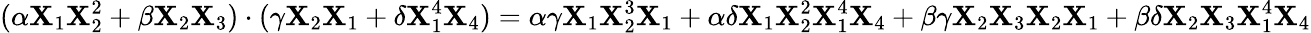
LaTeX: (\alpha\mathbf{X}_{1}\mathbf{X}_{2}^{2}+\beta\mathbf{X}_{2}\mathbf{X}_{3})\cdot(\gamma\mathbf{X}_{2}\mathbf{X}_{1}+\delta\mathbf{X}_{1}^{4}\mathbf{X}_{4})=\alpha\gamma\mathbf{X}_{1}\mathbf{X}_{2}^{3}\mathbf{X}_{1}+\alpha\delta\mathbf{X}_{1}\mathbf{X}_{2}^{2}\mathbf{X}_{1}^{4}\mathbf{X}_{4}+\beta\gamma\mathbf{X}_{2}\mathbf{X}_{3}\mathbf{X}_{2}\mathbf{X}_{1}+\beta\delta\mathbf{X}_{2}\mathbf{X}_{3}\mathbf{X}_{1}^{4}\mathbf{X}_{4}